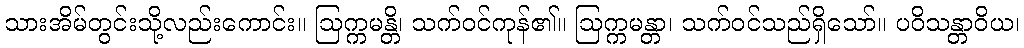
သားအိမ်တွင်းသို့လည်းကောင်း။ ဩက္ကမန္တိ၊ သက်ဝင်ကုန်၏။ ဩက္ကမန္တာ၊ သက်ဝင်သည်ရှိသော်။ ပဝိသန္တာဝိယ၊